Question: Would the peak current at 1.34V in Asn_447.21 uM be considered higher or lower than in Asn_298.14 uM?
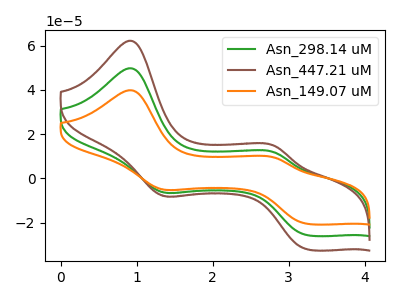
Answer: <think>The green curve "Asn_298.14 uM" has anodic peaks at (0.90V, 49.75uA) (2.80V, 11.70uA) and cathodic peaks at (1.35V, -6.15uA) (3.25V, -25.75uA). The brown curve "Asn_447.21 uM" has anodic peaks at (0.90V, 99.50uA) (2.80V, 23.35uA) and cathodic peaks at (1.35V, -12.30uA) (3.25V, -51.50uA). The orange curve "Asn_149.07 uM" has anodic peaks at (0.90V, 39.80uA) (2.80V, 9.35uA) and cathodic peaks at (1.35V, -4.90uA) (3.25V, -20.60uA).</think>
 <answer>The peak at 1.34V is higher in "Asn_447.21 uM" than in "Asn_298.14 uM".</answer>
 <eval>higher</eval>